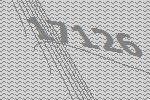
17126